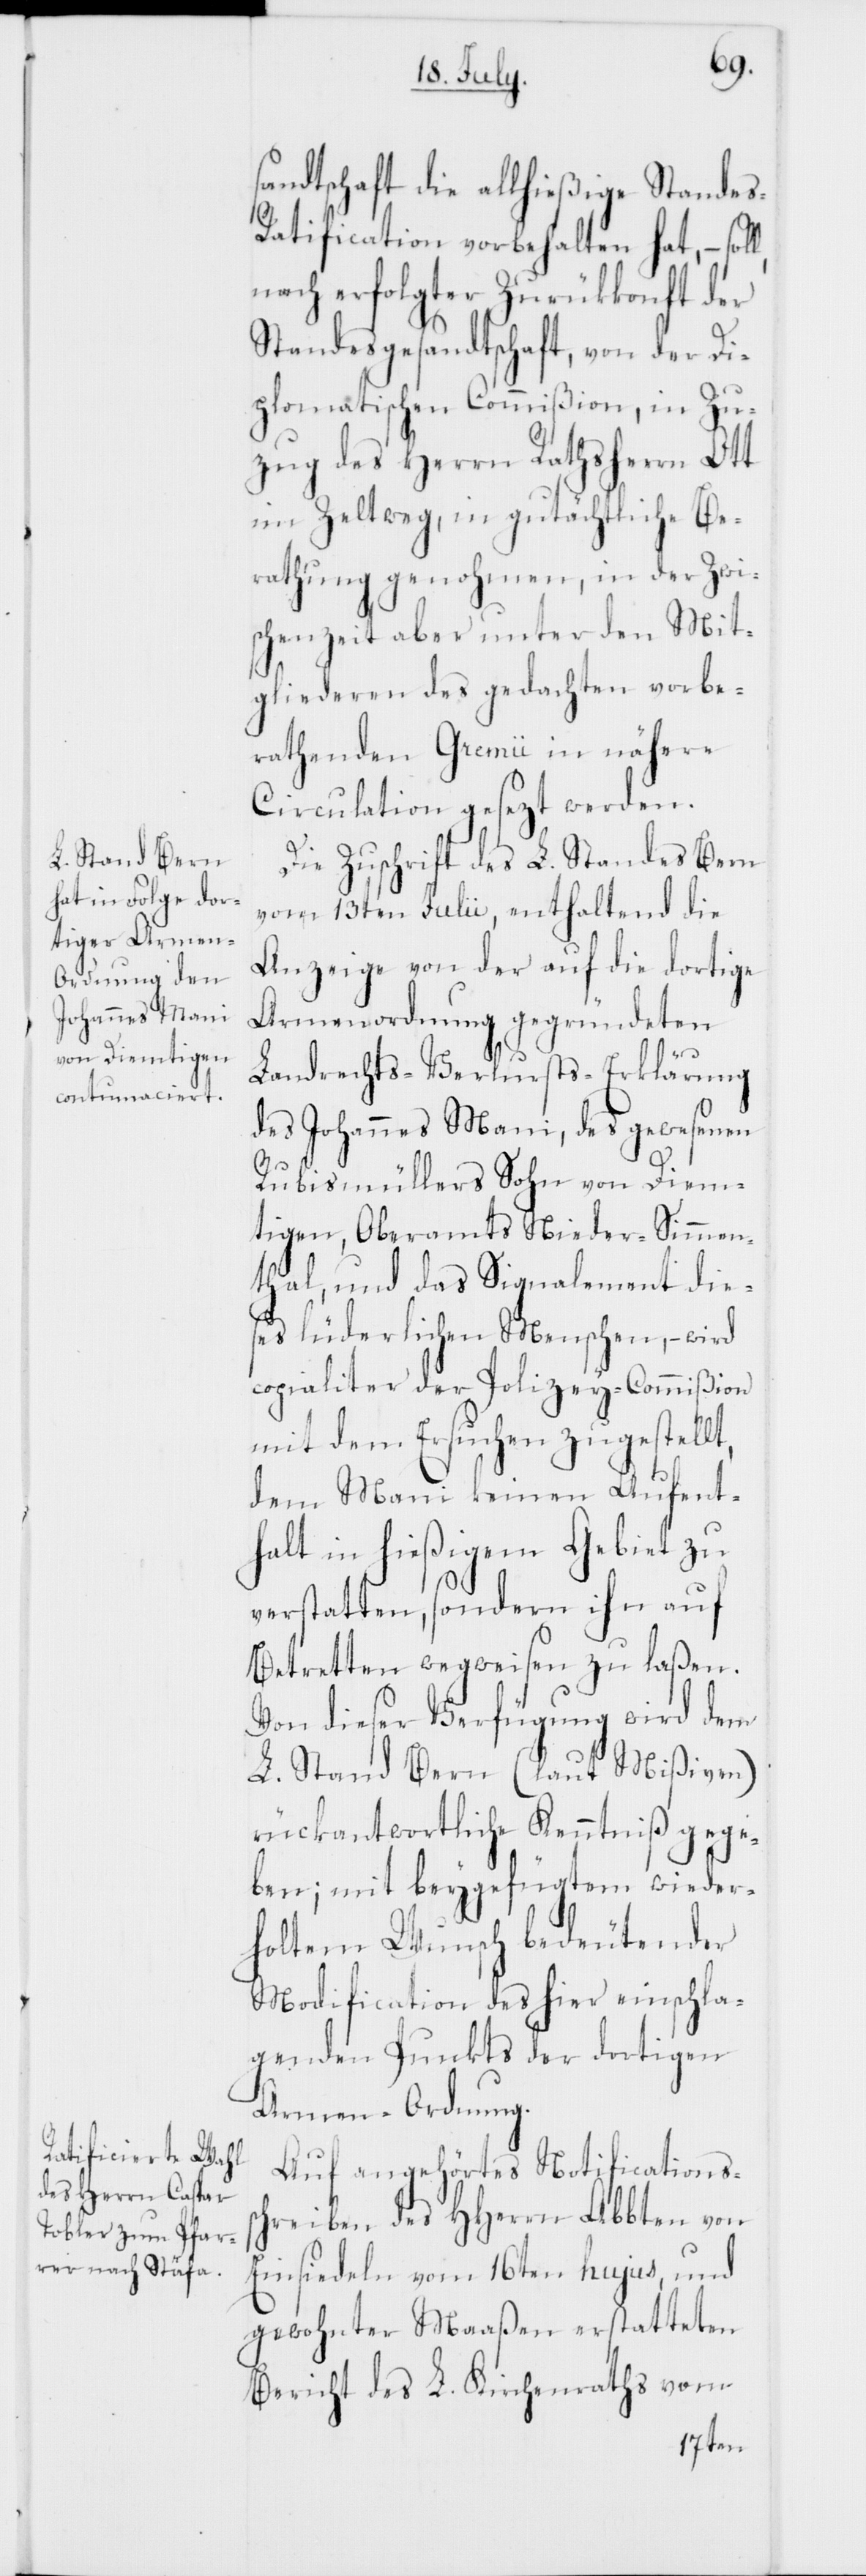
l,
sandtschaft die allhießige Stande¬
s-Ratification vorbehalten hat, – sol¬
nach erfolgter Zurückkonft der
Standesgesandtschaft, von der Di¬
plomatischen Commißion, in Zu¬
zug des Herrn Rathsherrn Ott
im Zeltweg, in gutächtliche Be¬
rathung genohmen, in der Zwi¬
schenzeit aber unter den Mit¬
gliederen des gedachten vorbe¬
rathenden Gremii in nähere
Circulation gesezt werden.
Die Zuschrift des L. Standes Bern
vom 13ten Julii, enthaltend die
Anzeige von der auf die dortige
Armenordnung gegründeten
Landrechts-Verlusts-Erklärung
des Johannes Mani, des gewesenen
Rubismüllers Sohn von Diem¬
tigen, Oberamts Nieder-Simmen¬
thal, und das Signalement die¬
ses lüderlichen Menschen, – wird
copialiter der Polizey-Commißion
mit dem Ersuchen zugestellt,
dem Mani keinen Aufent¬
halt in hießigem Gebiet zu
verstatten, sondern ihn auf
Betretten wegweisen zu laßen.
Von dieser Verfügung wird dem
L. Stand Bern (laut Mißiven)
rückantwortliche Kenntniß gege¬
ben; mit beygefügtem wieder¬
holtem Wunsch bedeutender
Modification des hier einschla¬
genden Punkts der dortigen
Armen-Ordnung.
Auf angehörtes Notificationßc¬
hreiben des HHerrn Abbten von
Einsiedeln vom 16ten hujus, und
gewohnter Maaßen erstatteten
Bericht des L. Kirchenraths vom